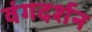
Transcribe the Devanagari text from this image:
वंगदर्शन